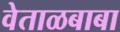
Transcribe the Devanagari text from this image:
वेताळबाबा